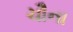
ચૌના